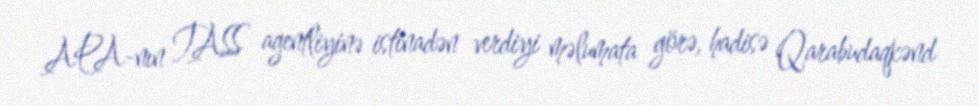
APA-nın TASS agentliyinə istinadən verdiyi məlumata görə, hadisə Qarabudaqkənd